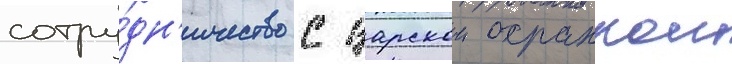
сотру́дн'ичество с царскои охранкои